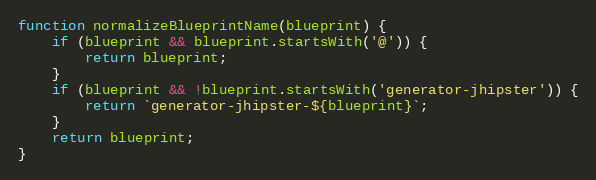
Language: JavaScript
function normalizeBlueprintName(blueprint) {
    if (blueprint && blueprint.startsWith('@')) {
        return blueprint;
    }
    if (blueprint && !blueprint.startsWith('generator-jhipster')) {
        return `generator-jhipster-${blueprint}`;
    }
    return blueprint;
}